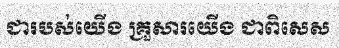
ជារបស់យើង គ្រួសារយើង ជាពិសេស